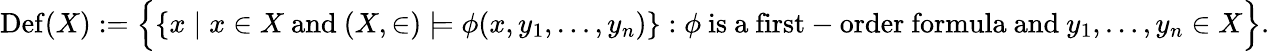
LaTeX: \operatorname{Def}(X):={\Bigl\{ }\{ x\mid x\in X{\mathrm{~and~}}(X,\in)\models\phi(x,y_{1},\ldots,y_{n})\} :\phi{\mathrm{~is~a~first-order~formula~and~}}y_{1},\ldots,y_{n}\in X{\Bigr\} }.